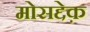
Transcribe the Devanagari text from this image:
मोसद्देक़